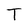
Character: T